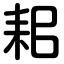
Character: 耜